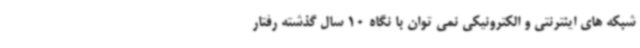
شبکه های اینترنتی و الکترونیکی نمی توان با نگاه 10 سال گذشته رفتار